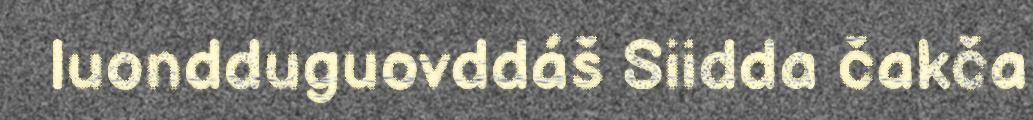
luondduguovddáš Siidda čakča